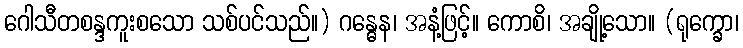
ဂေါသီတစန္ဒကူးစသော သစ်ပင်သည်။) ဂန္ဓေန၊ အနံ့ဖြင့်။ ကောစိ၊ အချို့သော။ (ရုက္ခော၊